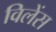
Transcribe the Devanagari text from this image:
विलेंस